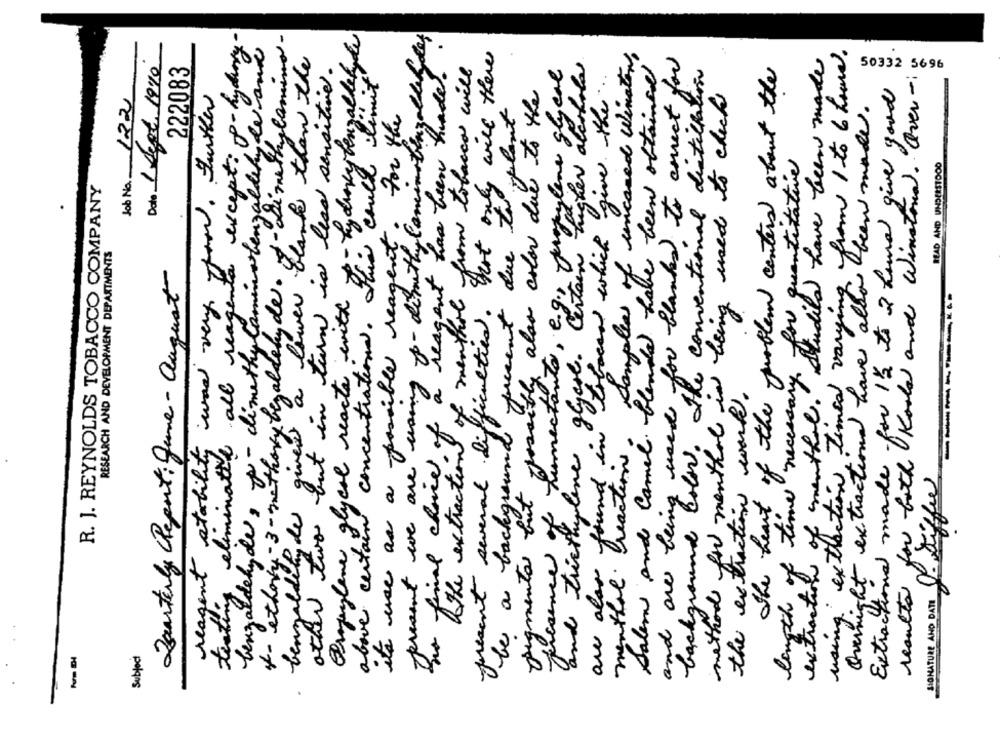
except: pohydany-
*- ethory - 3 - methoxy bezaldehyde. of - di methylamino -
above certain concentrations, of: yaroky benzallef
present we are using po - dimethy laminatingalle des
benzaldehyde , p - dimethylaminobenzaldehyde and
present several difficulties. not only will there
Samples of uncared Winston
extraction timed varying from 1 to 6 hours.
Date 1 Legt. 1990
a lower blank than the
higher alcohola
and are being used for blanks to correct for
Dindila have been made
222083
but in twee is lead sensitive.
int choice of a reagent has been hunde.
the extraction of menthol from tobacco will
into, e.g ., propylene glycol
Salem and Camel blends have been obtained
and tricthylene. Toffees which give the ..
background color. the conventional distillation
The heart of the problem centers about the
50332 5696
for both Koold and Winstond. Over-
Extractional made for 12 to 2 Lama giver good
Job No. 122
reagent atability was very good. further
pigmento but possibly also color due to the
method for menthat is being used to check
jelent
Quemight extractional have also been made.
its use as a possible reagent. For the
of time necessary for quantitative
BEAD AND UNDERSTOOD
R. J. REYNOLDS TOBACCO COMPANY
forcent due
Gyere . Certain
RESEARCH AND DEVELOPMENT DEPARTMENTS
Zaarterly CReport: June- august
Propylene glycol reacts with
testing eliminatie all reag
menthal. Stue
humectant
the extraction work.
benzaldeliny de giver
are also found in
be a background
menthal. Preactions
other two.
presence of
using ext
extraction
resulta
length
SIGNATURE AND DATE
Subject